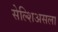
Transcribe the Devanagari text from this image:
सेल्शिअसला